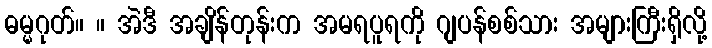
ဓမ္မဂုတ်။ ။ အဲဒီ အချိန်တုန်းက အမရပူရကို ဂျပန်စစ်သား အများကြီးရှိလို့